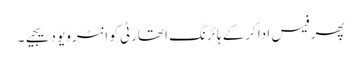
پھر فیس ادا کرکے ہائرنگ اتھارٹی کو انٹرویو دیجیے۔